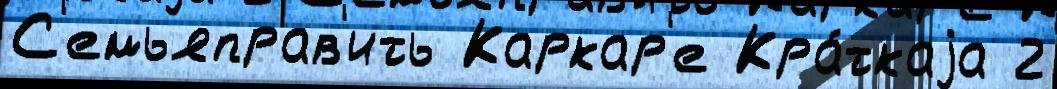
С'емьяправ'ить Каркар'е Кра́ткаjа 2